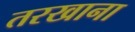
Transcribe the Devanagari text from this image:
तरखाना